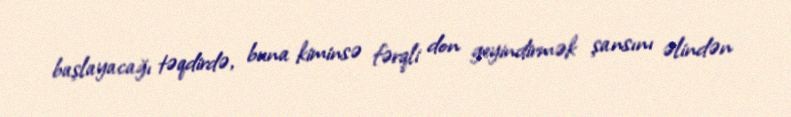
başlayacağı təqdirdə, buna kiminsə fərqli don geyindirmək şansını əlindən